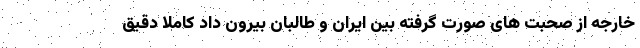
خارجه از صحبت های صورت گرفته بین ایران و طالبان بیرون داد کاملا دقیق